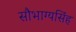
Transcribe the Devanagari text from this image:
सौभाग्यसिंह